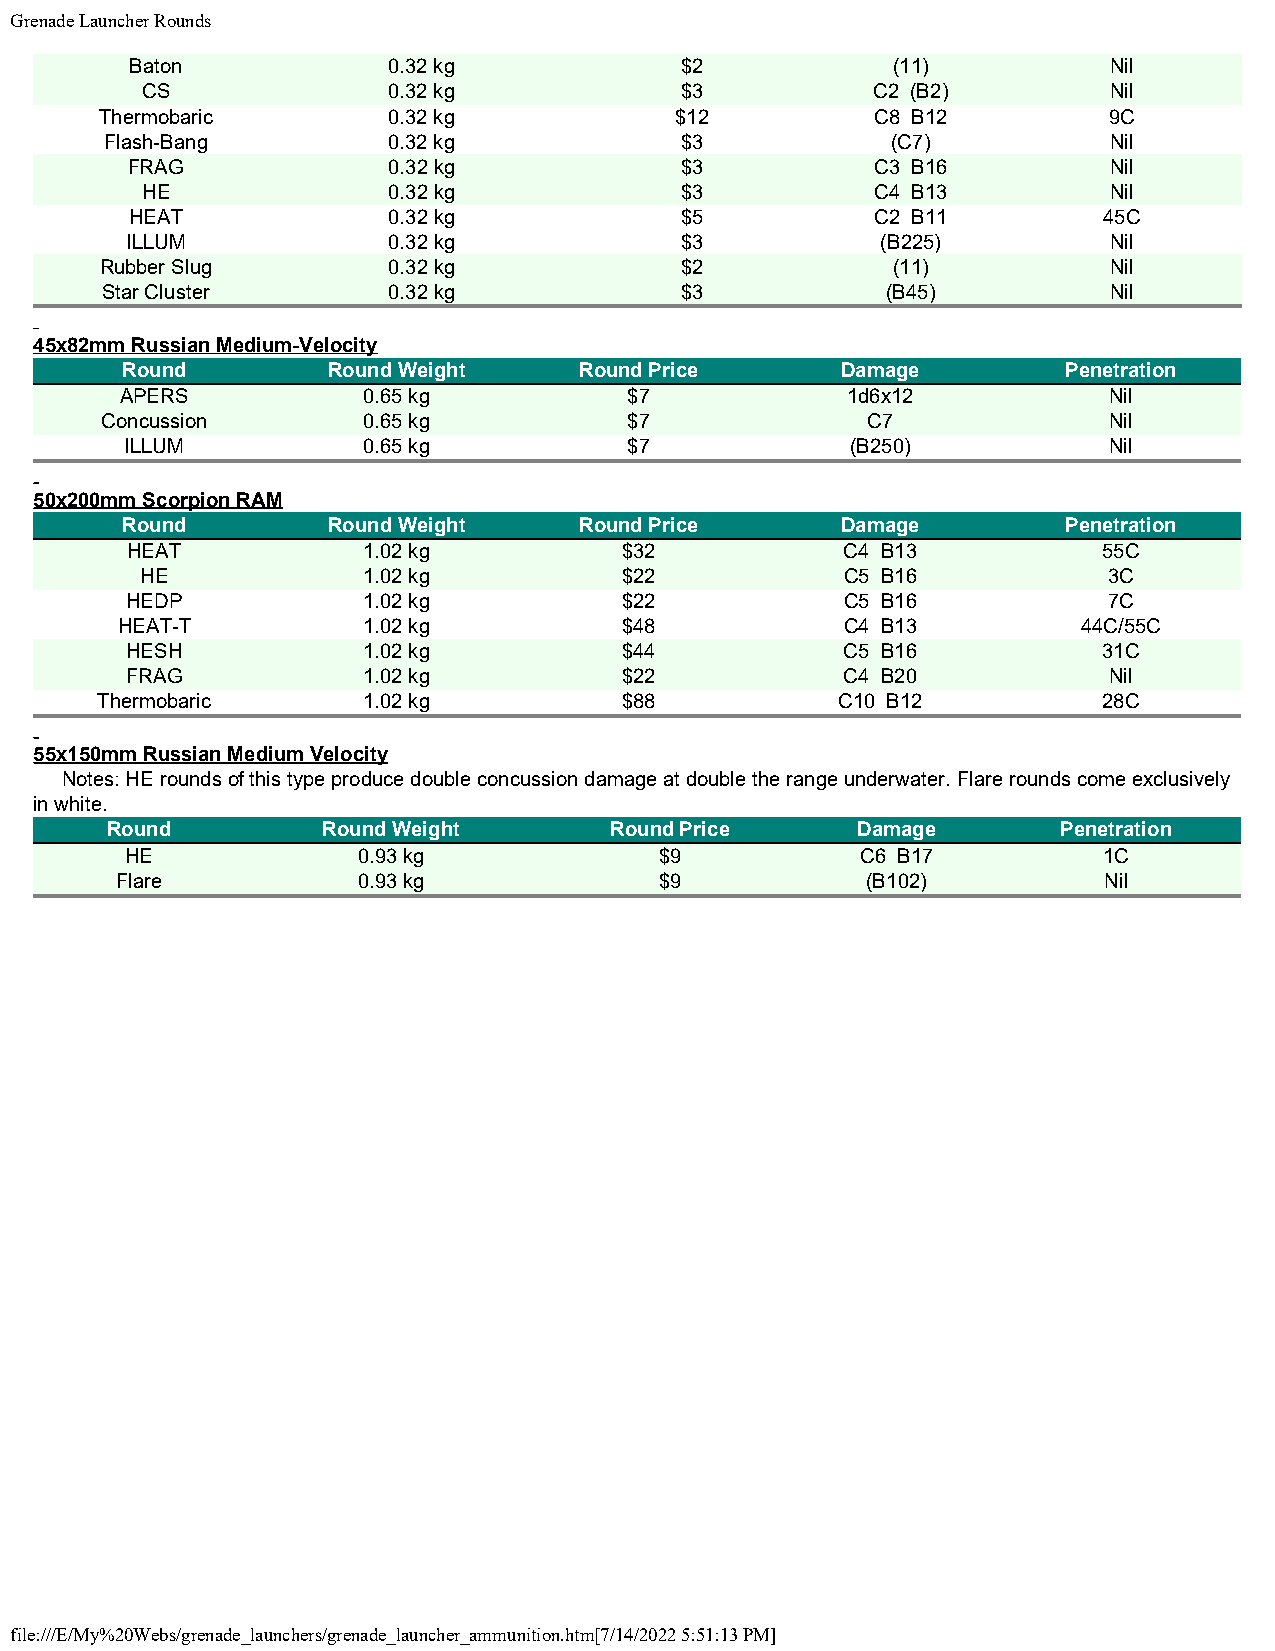
Grenade Launcher Rounds
 Baton            0.32 kg            $2            (11)          Nil
 CS               0.32 kg            $3           C2 (B2)        Nil
 Thermobaric        0.32 kg            $12          C8 B12         9C
 Flash-Bang         0.32 kg            $3            (C7)          Nil
 FRAG              0.32 kg            $3           C3 B16         Nil
 HE               0.32 kg            $3           C4 B13         Nil
 HEAT             0.32 kg            $5           C2 B11         45C
 ILLUM             0.32 kg            $3           (B225)         Nil
 Rubber Slug        0.32 kg            $2            (11)          Nil
 Star Cluster       0.32 kg            $3            (B45)         Nil
 45x82mm Russian Medium-Velocity
 Round         Round Weight    Round Price       Damage         Penetration
 APERS           0.65 kg           $7            1d6x12           Nil
 Concussion       0.65 kg           $7             C7              Nil
 ILLUM           0.65 kg           $7            (B250)           Nil
 50x200mm Scorpion RAM
 Round         Round Weight    Round Price       Damage         Penetration
 HEAT            1.02 kg          $32            C4 B13           55C
 HE             1.02 kg          $22            C5 B16           3C
 HEDP            1.02 kg          $22            C5 B16           7C
 HEAT-T          1.02 kg          $48            C4 B13          44C/55C
 HESH            1.02 kg          $44            C5 B16           31C
 FRAG            1.02 kg          $22            C4 B20           Nil
 Thermobaric       1.02 kg          $88           C10 B12           28C
 55x150mm Russian Medium Velocity
 Notes: HE rounds of this type produce double concussion damage at double the range underwater. Flare rounds come exclusively
 in white.
 Round         Round Weight       Round Price      Damage       Penetration
 HE              0.93 kg             $9           C6 B17          1C
 Flare           0.93 kg             $9           (B102)          Nil
 file:///E/My%20Webs/grenade_launchers/grenade_launcher_ammunition.htm[7/14/2022 5:51:13 PM]